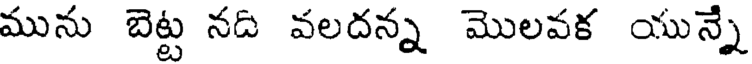
మును బెట్ట నది వలదన్న మొలవక యున్నే